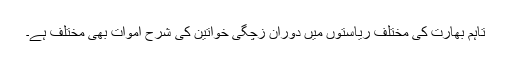
تاہم بھارت کی مختلف ریاستوں میں دوران زچگی خواتین کی شرح اموات بھی مختلف ہے۔